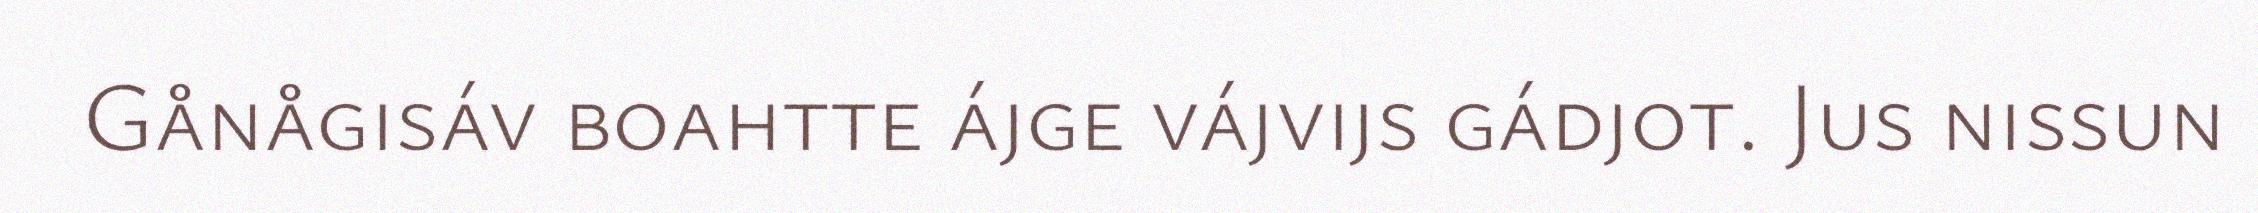
Gånågisáv boahtte ájge vájvijs gádjot. Jus nissun